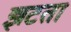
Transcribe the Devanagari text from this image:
झटता